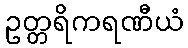
ဥတ္တရိကရဏီယံ